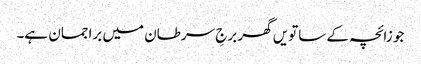
جو زائچہ کے ساتویں گھر برجِ سرطان میں براجمان ہے۔